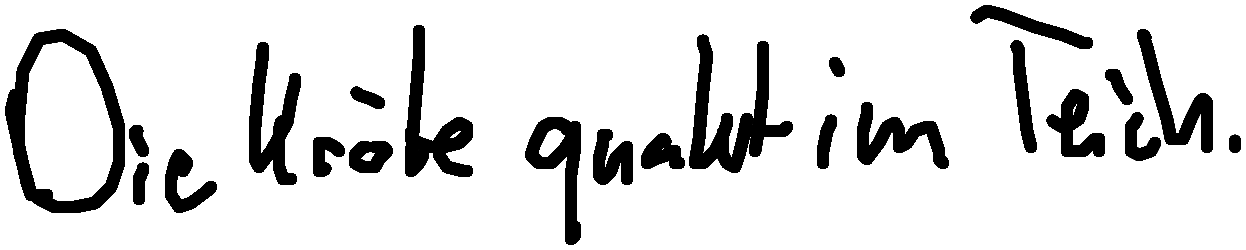
Die Kröte quakt im Teich.